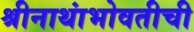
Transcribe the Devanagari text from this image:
श्रीनाथांभोवतीची